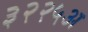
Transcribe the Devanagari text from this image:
३२२५अ